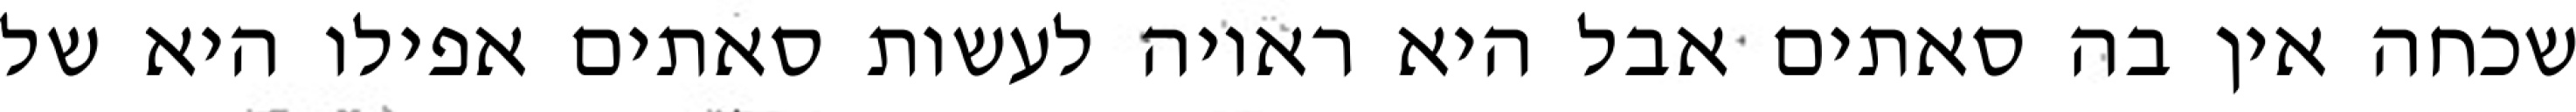
שכחה אין בה סאתים אבל היא ראויה לעשות סאתים אפילו היא של